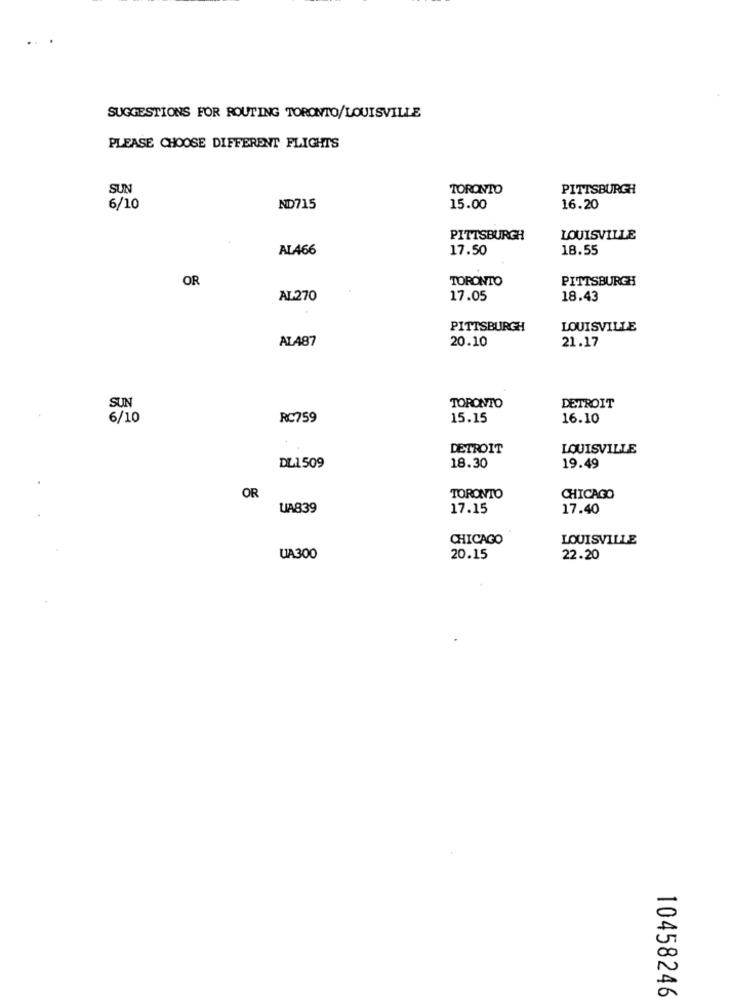
SUGGESTIONS FOR ROUTING TORONTO/LOUISVILLE
PLEASE CHOOSE DIFFERENT FLIGHTS
SUN
TORONTO
PITTSBURGH
6/10
ND715
15.00
16.20
PITTSBURGH
LOUISVILLE
AL466
17.50
18.55
OR
TORONTO
PITTSBURGH
AL270
17.05
18.43
PITTSBURGH
LOUISVILLE
ALA87
20.10
21.17
SUN
TORONTO
DETROIT
6/10
RC759
15.15
16.10
DETROIT
LOUISVILLE
18.30
DL1509
19.49
OR
TORONTO
CHICAGO
UA839
17.15
17.40
CHICAGO
LOUISVILLE
UA300
20.15
22.20
10458246